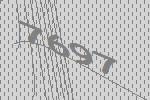
7697